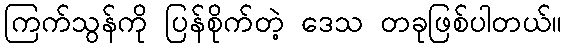
ကြက်သွန်ကို ပြန်စိုက်တဲ့ ဒေသ တခုဖြစ်ပါတယ်။